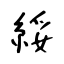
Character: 綏